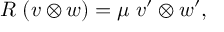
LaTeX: R \; ( v \otimes w ) = \mu \; v ^ { \prime } \otimes w ^ { \prime } ,